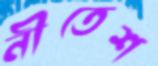
নীতেশ